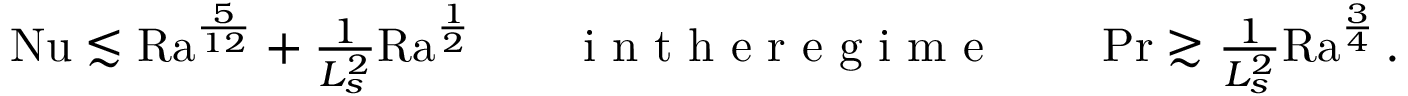
\begin{array} { r } { \mathrm { { N u } } \lesssim \mathrm { { R a } } ^ { \frac { 5 } { 1 2 } } + \frac { 1 } { L _ { s } ^ { 2 } } \mathrm { { R a } } ^ { \frac 1 2 } \qquad \mathrm { ~ i ~ n ~ t ~ h ~ e ~ r ~ e ~ g ~ i ~ m ~ e ~ } \qquad \operatorname* { P r } \gtrsim \frac { 1 } { L _ { s } ^ { 2 } } \mathrm { { R a } } ^ { \frac { 3 } { 4 } } \, . } \end{array}